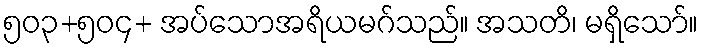
၅၀၃+၅၀၄+ အပ်သောအရိယမဂ်သည်။ အသတိ၊ မရှိသော်။